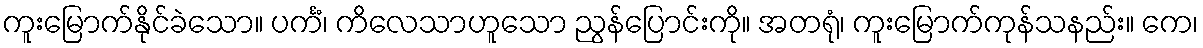
ကူးမြောက်နိုင်ခဲသော။ ပင်္ကံ၊ ကိလေသာဟူသော ညွန်ပြောင်းကို။ အတရုံ၊ ကူးမြောက်ကုန်သနည်း။ ကေ၊